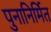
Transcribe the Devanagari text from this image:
पुनानिर्मित